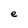
Character: e